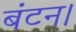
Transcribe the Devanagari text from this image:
बंटन।